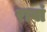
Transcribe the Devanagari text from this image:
रावां